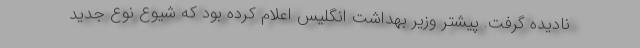
نادیده گرفت. پیشتر وزیر بهداشت انگلیس اعلام کرده بود که شیوع نوع جدید